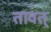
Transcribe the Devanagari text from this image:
तावत्